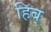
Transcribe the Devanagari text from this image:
हिब्